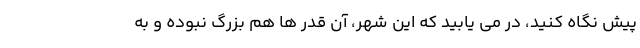
پیش نگاه کنید، در می یابید که این شهر، آن قدر ها هم بزرگ نبوده و به